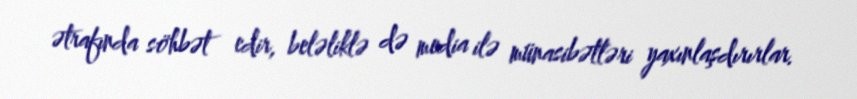
ətrafında söhbət edir, beləliklə də media ilə münasibətləri yaxınlaşdırırlar.